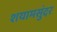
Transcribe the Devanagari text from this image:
शयामसुंदर